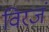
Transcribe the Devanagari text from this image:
विरजं